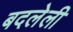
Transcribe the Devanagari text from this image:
बदलेली